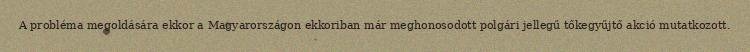
A probléma megoldására ekkor a Magyarországon ekkoriban már meghonosodott polgári jellegű tőkegyűjtő akció mutatkozott.